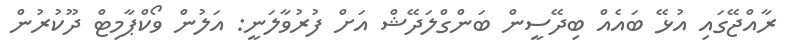
ރާއްޖޭގައި އުޅޭ ބައެއް ބިދޭސީން ބަންގްލަދޭޝް އަށް ފުރުވާލަނީ: އަލުން ވޯކްޕާމިޓް ދޫކުރުން